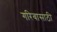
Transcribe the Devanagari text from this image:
गरिबासाठी